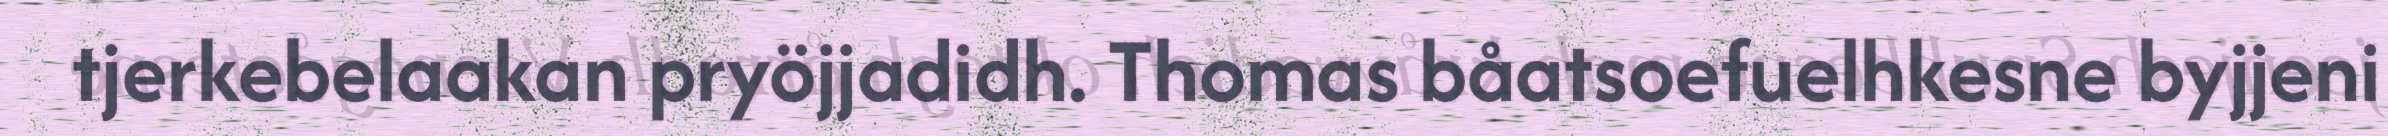
tjerkebelaakan pryöjjadidh. Thomas båatsoefuelhkesne byjjeni